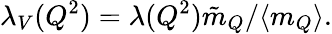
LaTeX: \lambda_{V}(Q^{2})=\lambda(Q^{2}){\tilde{m}_{Q}}/{\langle m_{Q}\rangle}.